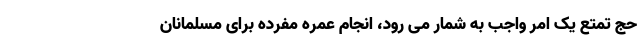
حج تمتع یک امر واجب به شمار می رود، انجام عمره مفرده برای مسلمانان